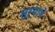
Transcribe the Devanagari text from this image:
सुर्याने